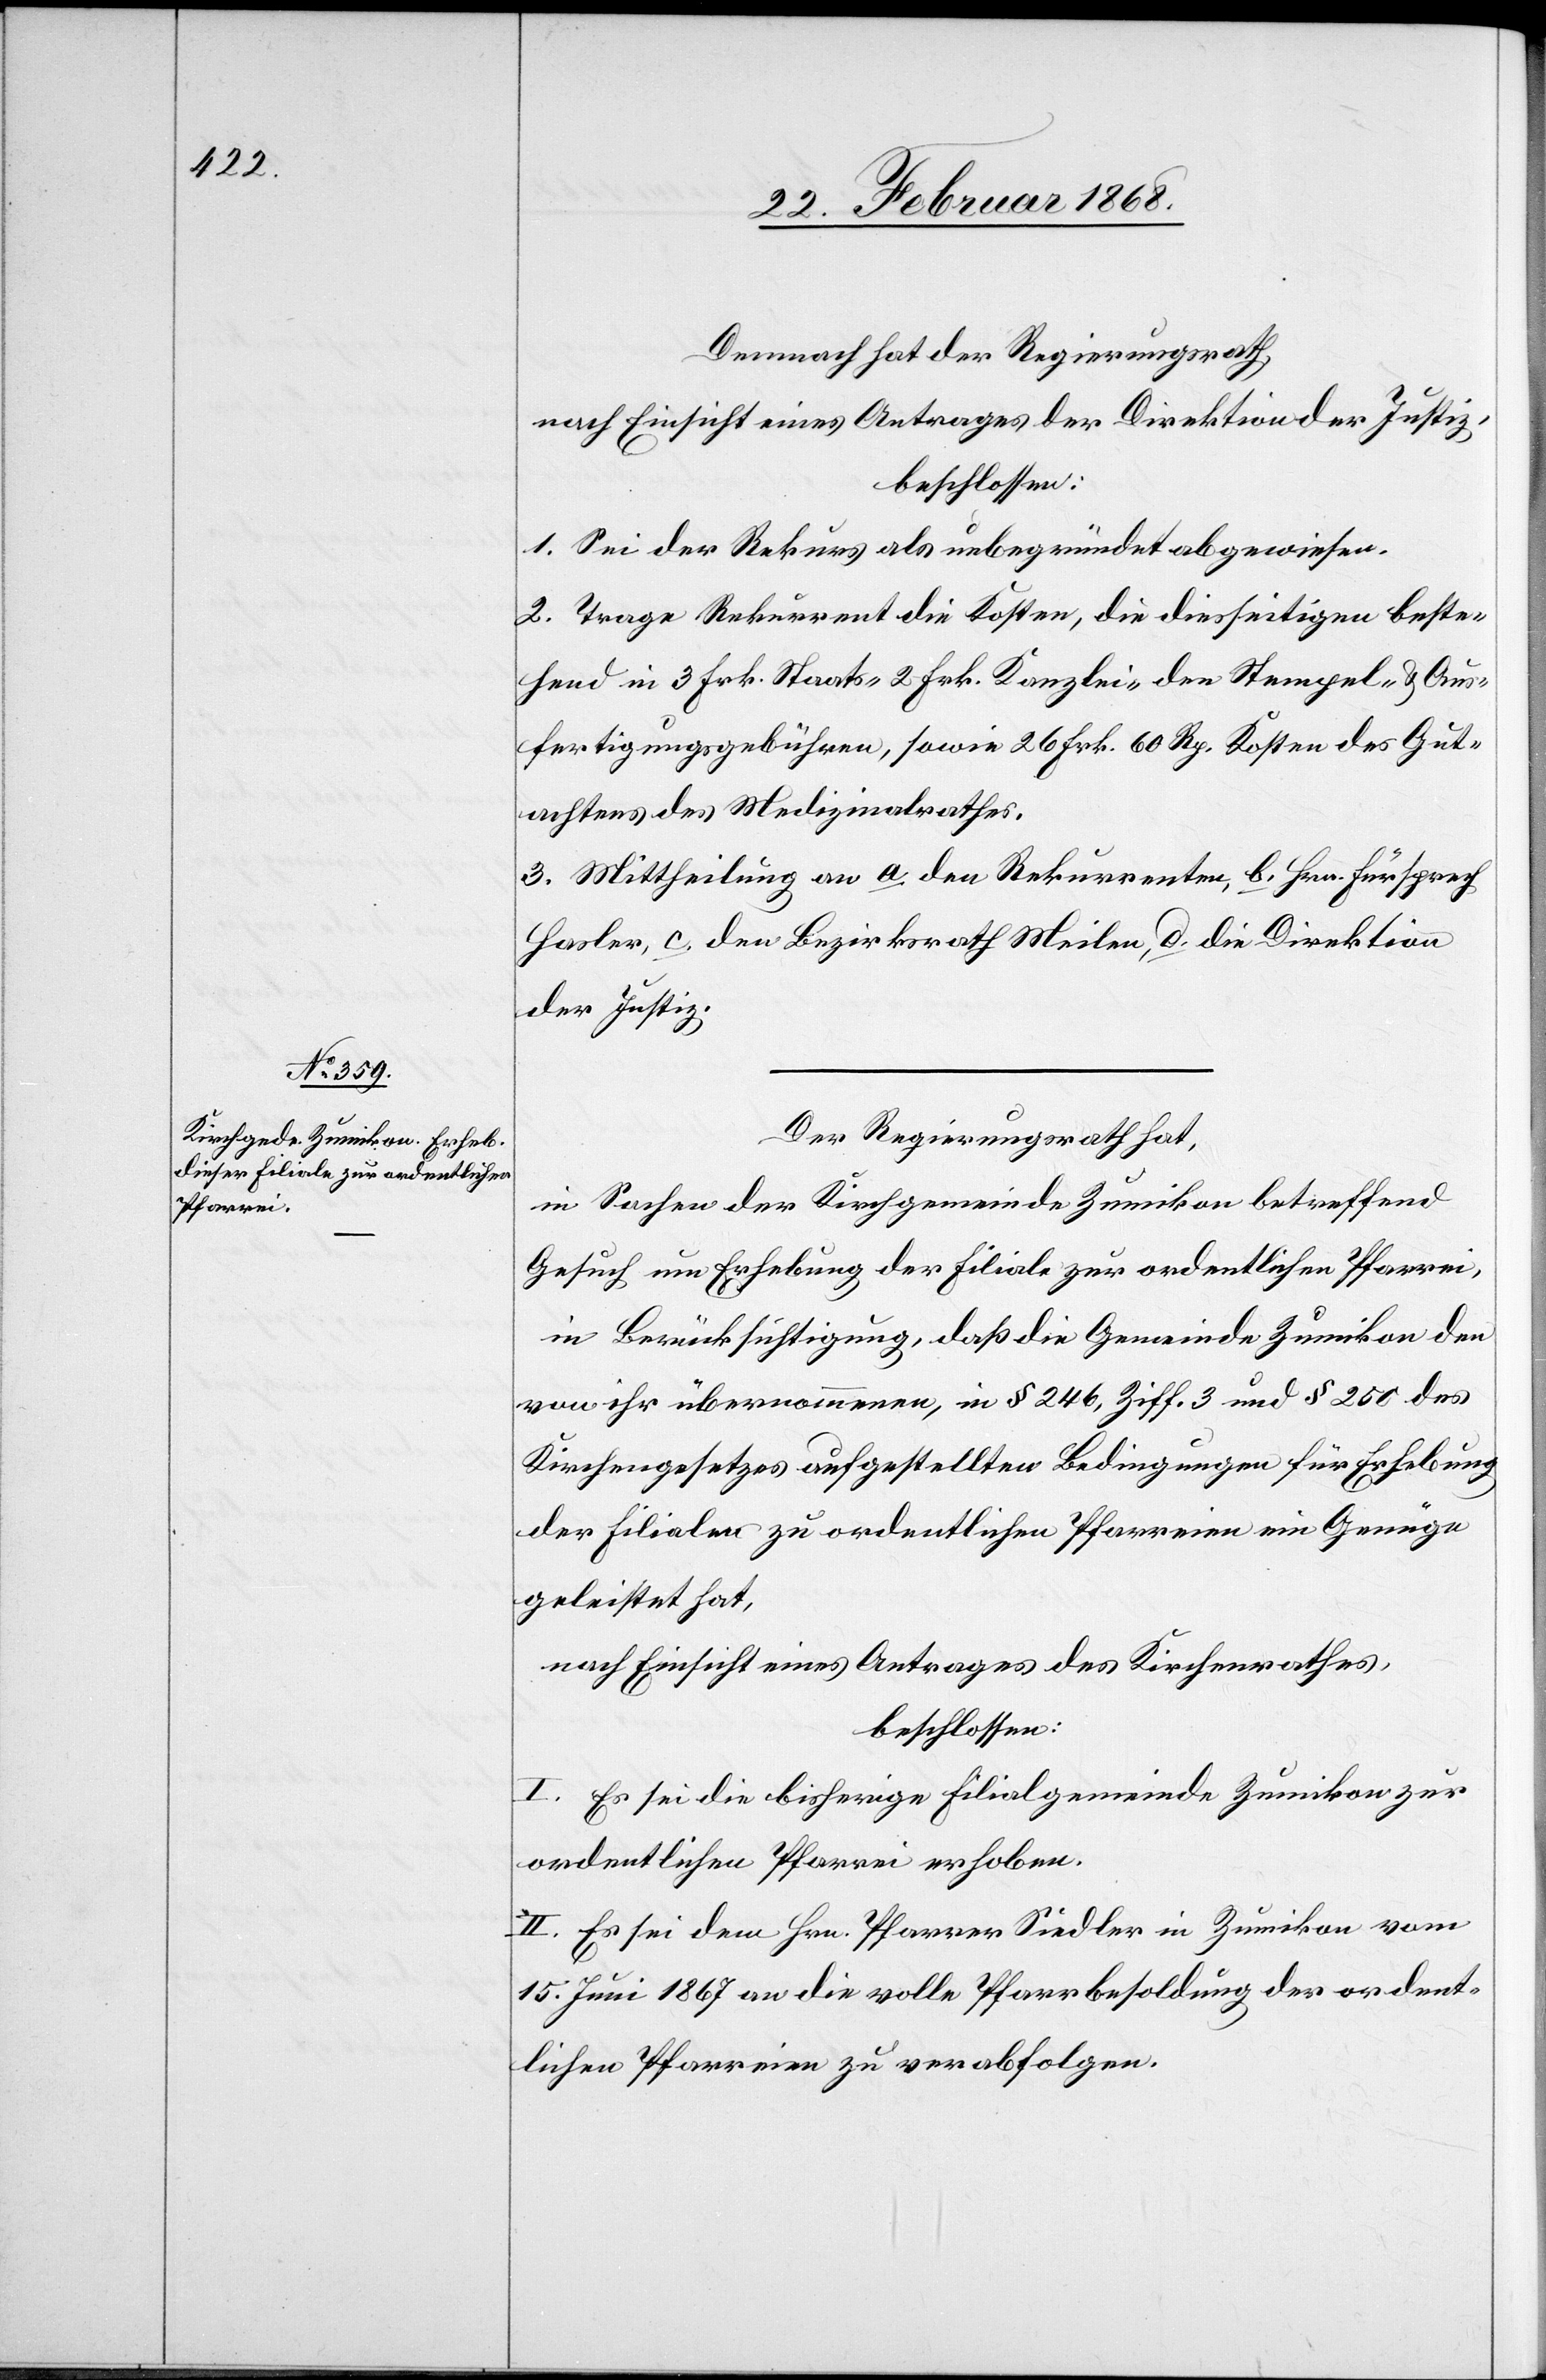
Demnach hat der Regierungsrath,
nach Einsicht eines Antrages der Direktion der Justiz,
beschlossen:
1. Sei der Rekurs als unbegründet abgewiesen.
2. Trage Rekurrent die Kosten, die diesseitigen beste¬
hend in 3 Frk. Staats- 2 Frk. Kanzlei- den Stempel- & Aus¬
fertigungsgebühren, sowie 26 Frk. 60 Rp. Kosten des Gut¬
achtens des Medizinalrathes.
3. Mittheilung an a. den Rekurrenten, b. Hrn. Fürsprech
Hasler, c. den Bezirksrath Meilen, d. die Direktion
der Justiz.
Der Regierungsrath hat,
in Sachen der Kirchgemeinde Zumikon betreffend
Gesuch um Erhebung der Filiale zur ordentlichen Pfarrei,
in Berücksichtigung, daß die Gemeinde Zumikon den
von ihr übernommenen, in § 246, Ziff. 3 und § 250 des
Kirchengesetzes aufgestellten Bedingungen für Erhebung
der Filialen zu ordentlichen Pfarreien ein Genüge
geleistet hat,
nach Einsicht eines Antrages des Kirchenrathes,
beschlossen.
I. Es sei die bisherige Filialgemeinde Zumikon zur
ordentlichen Pfarrei erhoben.
II. Es sei dem Hrn. Pfarrer Siedler in Zumikon vom
15. Juni 1867 an die volle Pfarrbesoldung der ordent¬
lichen Pfarreien zu verabfolgen.